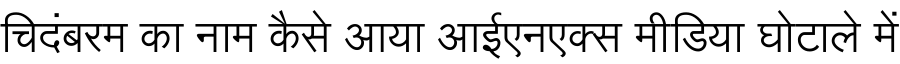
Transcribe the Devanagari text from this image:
चिदंबरम का नाम कैसे आया आईएनएक्स मीडिया घोटाले में